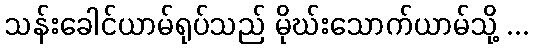
သန်းခေါင်ယာမ်ရုပ်သည် မိုဃ်းသောက်ယာမ်သို့ ...